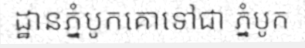
ដ្ឋានភ្នំបូកគោទៅជា ភ្នំបូក